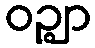
ဝဉ္ဈာ